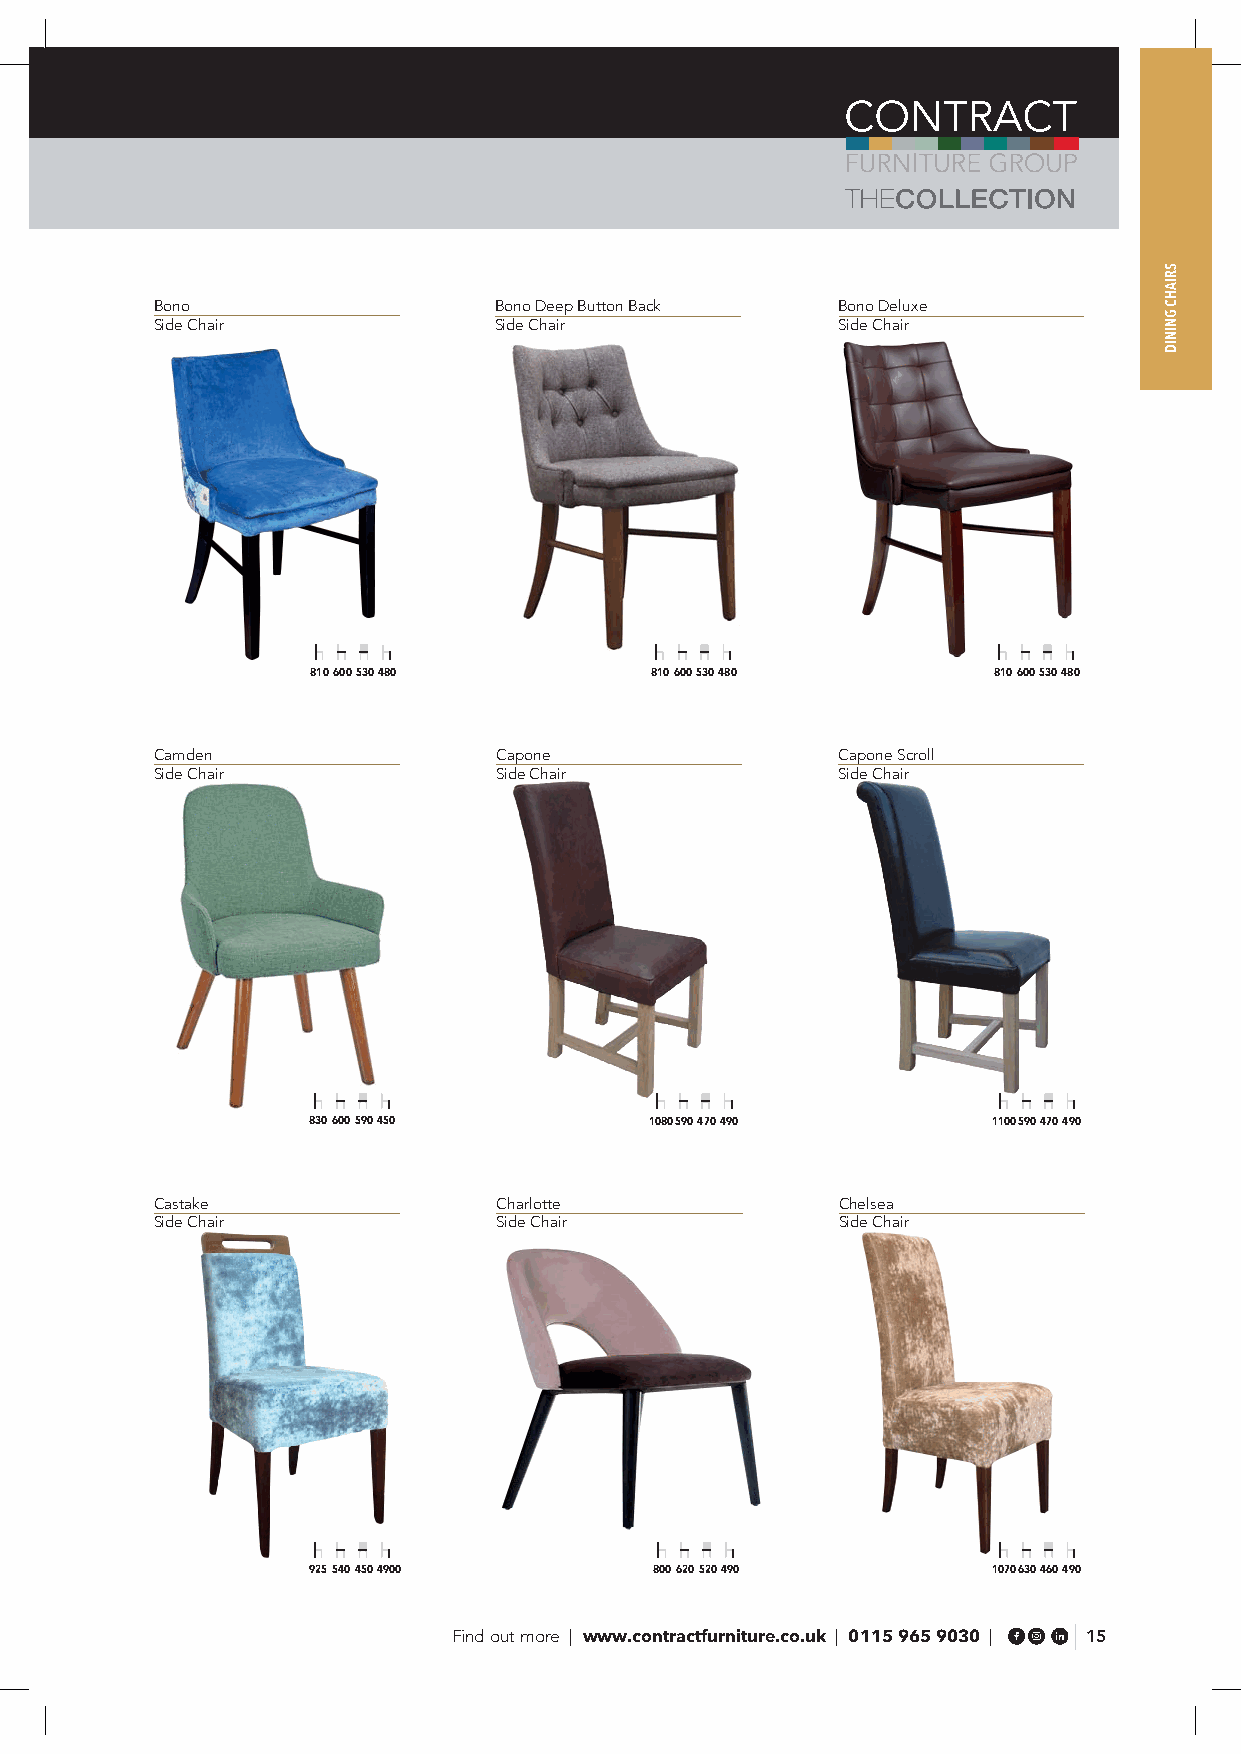
Bono                   Bono Deep Button Back Bono Deluxe
 Side Chair             Side Chair            Side Chair
 810 600 530 480       810 600 530 480        810 600 530 480
 Camden                 Capone                Capone Scroll
 Side Chair             Side Chair            Side Chair
 830 600 590 450        1080 590 470 490       1100 590 470 490
 Castake                Charlotte             Chelsea
 Side Chair             Side Chair            Side Chair
 925 540 450 4900       800 620 520 490        1070 630 460 490
 Find out more | www.contractfurniture.co.uk | 0115 965 9030 | 15
 SRIAHC
 GNINID